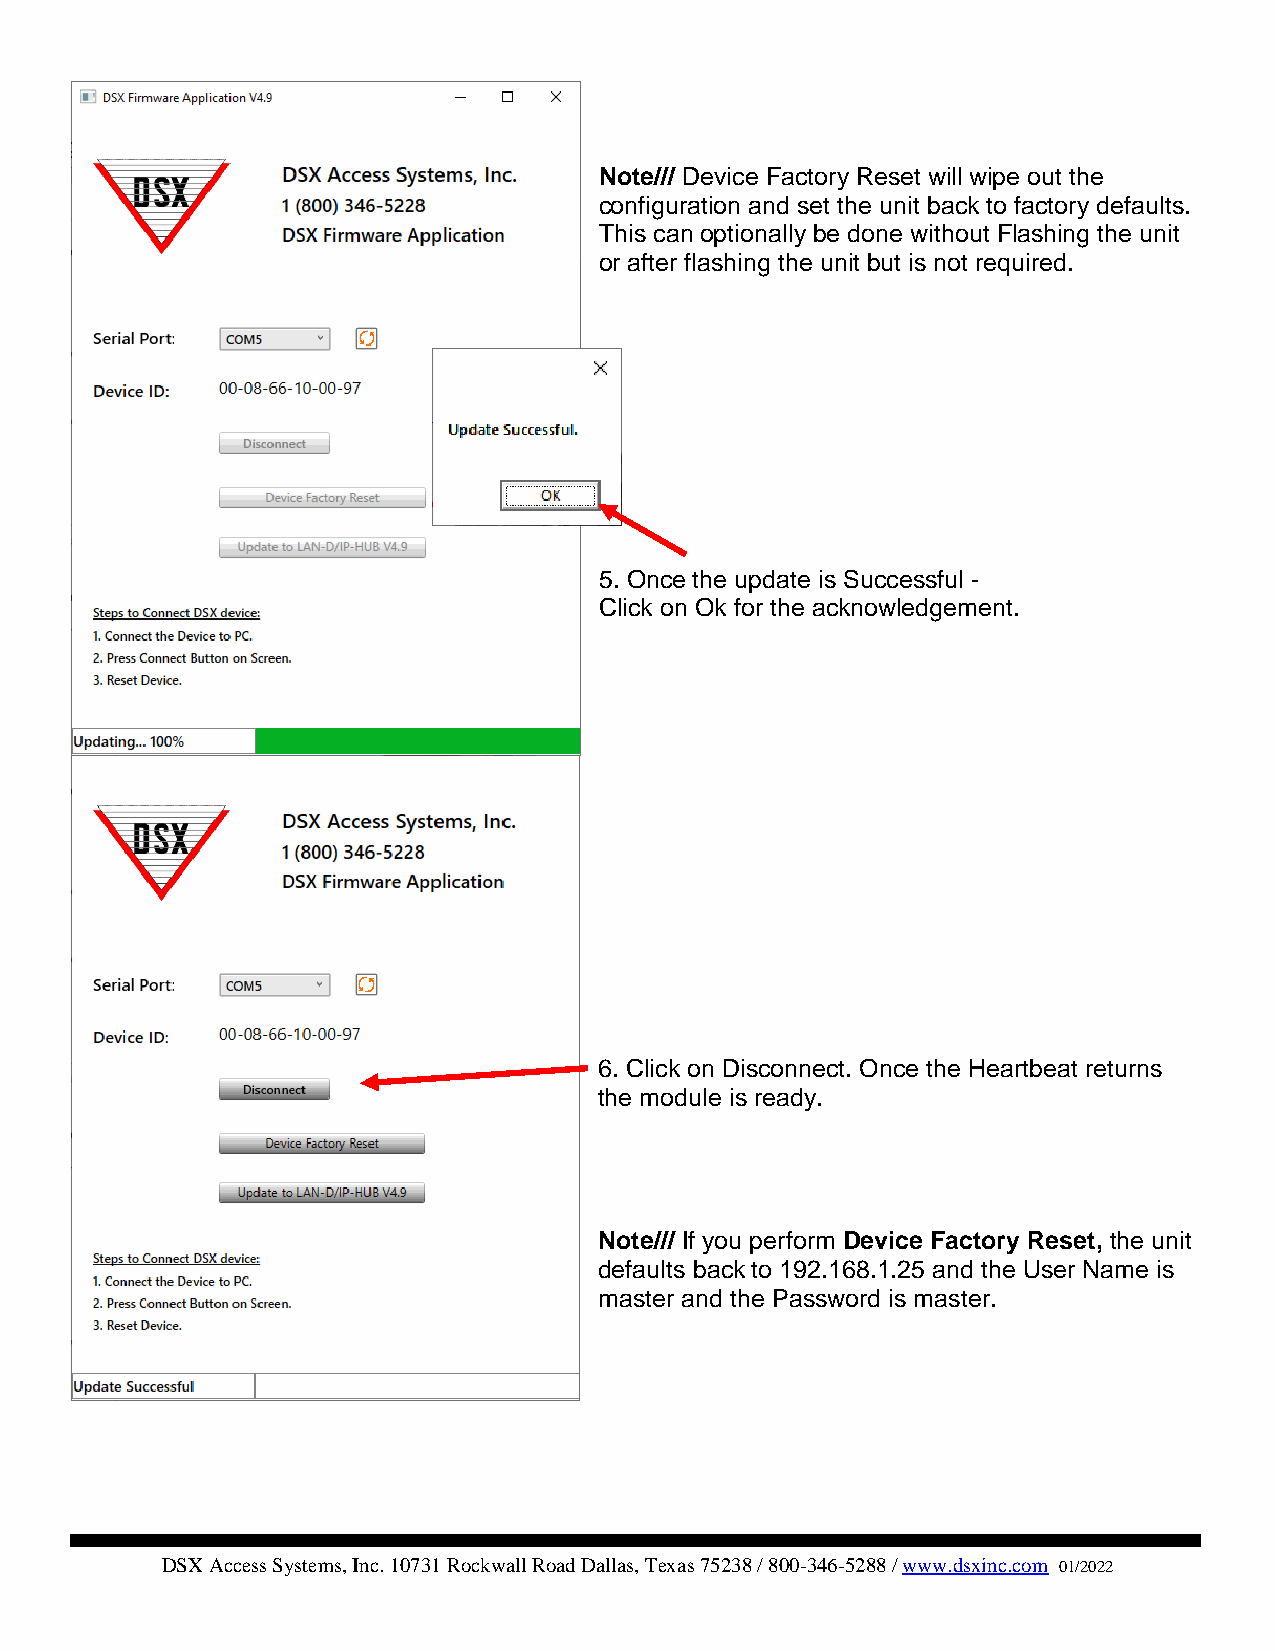
Note/// Device Factory Reset will wipe out the
 configuration and set the unit back to factory defaults.
 This can optionally be done without Flashing the unit
 or after flashing the unit but is not required.
 5. Once the update is Successful -
 Click on Ok for the acknowledgement.
 6. Click on Disconnect. Once the Heartbeat returns
 the module is ready.
 Note/// If you perform Device Factory Reset, the unit
 defaults back to 192.168.1.25 and the User Name is
 master and the Password is master.
 DSX Access Systems, Inc. 10731 Rockwall Road Dallas, Texas 75238 / 800-346-5288 / www.dsxinc.com 01/2022